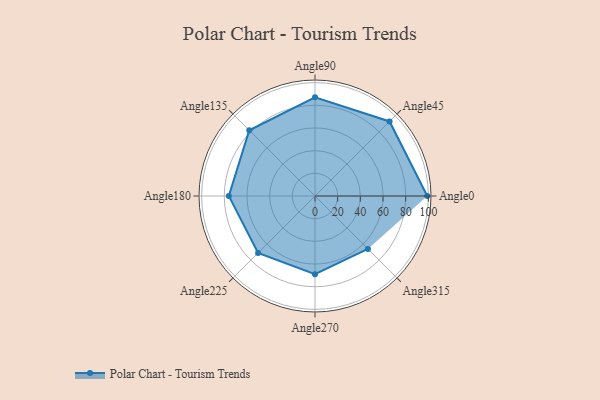
{"axis": {"x": "Angle", "y": "Radius"}, "legend": [""], "data": [{"x": "Angle0", "y": 99.0, "type": ""}, {"x": "Angle45", "y": 93.0, "type": ""}, {"x": "Angle90", "y": 87.0, "type": ""}, {"x": "Angle135", "y": 82.0, "type": ""}, {"x": "Angle180", "y": 76.0, "type": ""}, {"x": "Angle225", "y": 71.0, "type": ""}, {"x": "Angle270", "y": 69.0, "type": ""}, {"x": "Angle315", "y": 66.0, "type": ""}]}